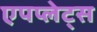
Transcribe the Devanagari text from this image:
एपप्लेट्स